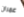
عمران